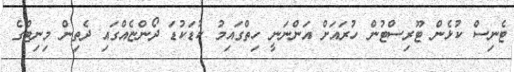
ޓެނިސް ކުޅެން ޓޫރިސްޓުން ހުރައަށް އަންނަނީ ހިތްގައިމު ކުޑަކުޑަ ދޯންޏެއްގައި ދެތިން މިނިޓްގެ